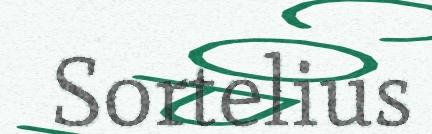
Sortelius